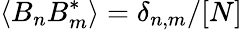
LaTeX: \langle B_{n}B_{m}^{*}\rangle=\delta_{n,m}/[N]